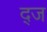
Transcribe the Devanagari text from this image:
द्ज